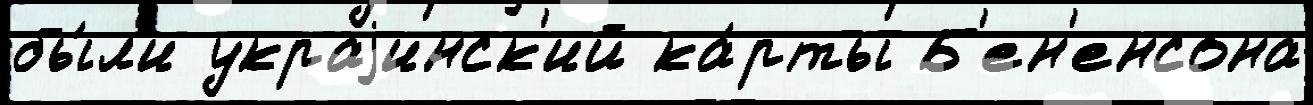
бы́л'и украjинск'ий ка́рты Б'ен'енсона